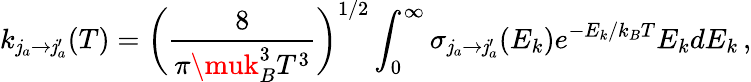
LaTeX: k_{\mathit{j}_{a}\rightarrow\mathit{j}_{a}^{\prime}}(T)=\bigg(\frac{{8}}{{\pi\muk_{B}^{3}T^{3}}}\bigg)^{1/2}\int_{0}^{\infty}\sigma_{\mathit{j}_{a}\rightarrow\mathit{j}_{a}^{\prime}}(E_{k})e^{-E_{k}/k_{B}T}E_{k}dE_{k}\, ,